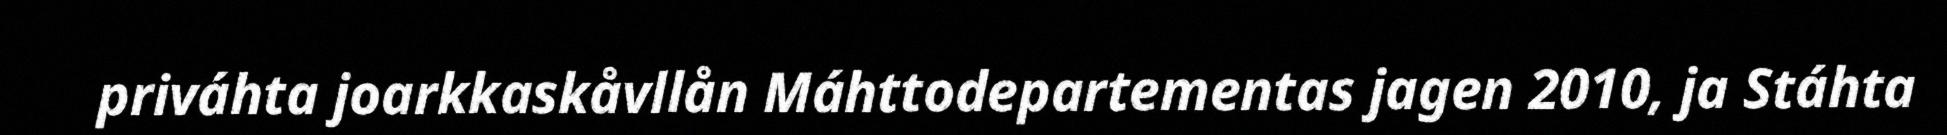
priváhta joarkkaskåvllån Máhttodepartementas jagen 2010, ja Stáhta